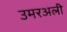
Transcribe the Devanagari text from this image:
उमरअली